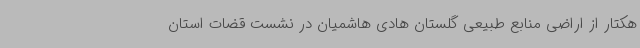
هکتار از اراضی منابع طبیعی گلستان هادی هاشمیان در نشست قضات استان